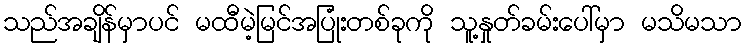
သည်အချိန်မှာပင် မထီမဲ့မြင်အပြုံးတစ်ခုကို သူ့နှုတ်ခမ်းပေါ်မှာ မသိမသာ